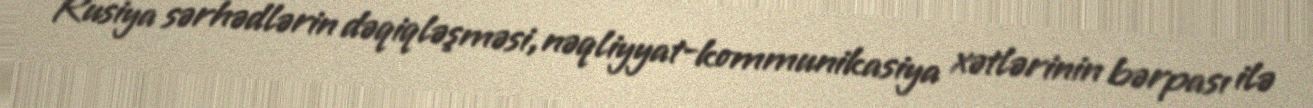
Rusiya sərhədlərin dəqiqləşməsi, nəqliyyat-kommunikasiya xətlərinin bərpası ilə